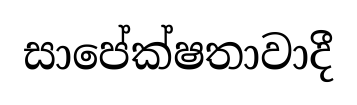
සාපේක්ෂතාවාදී